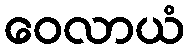
ဝေလာယံ